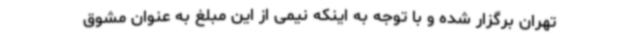
تهران برگزار شده و با توجه به اینکه نیمی از این مبلغ به عنوان مشوق